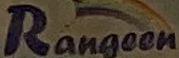
Rangeen